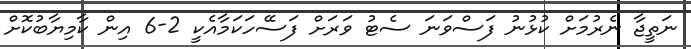
ނަތީޖާ ނެރުމަށް ކުޅުނު ފަސްވަނަ ސެޓު ވަރަށް ފަސޭހަކަމާއެކީ 2-6 އިން ކާމިޔާބުކޮށް